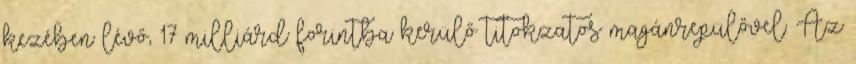
kezében lévő, 17 milliárd forintba kerülő titokzatos magánrepülővel. Az